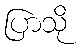
ပြာသို